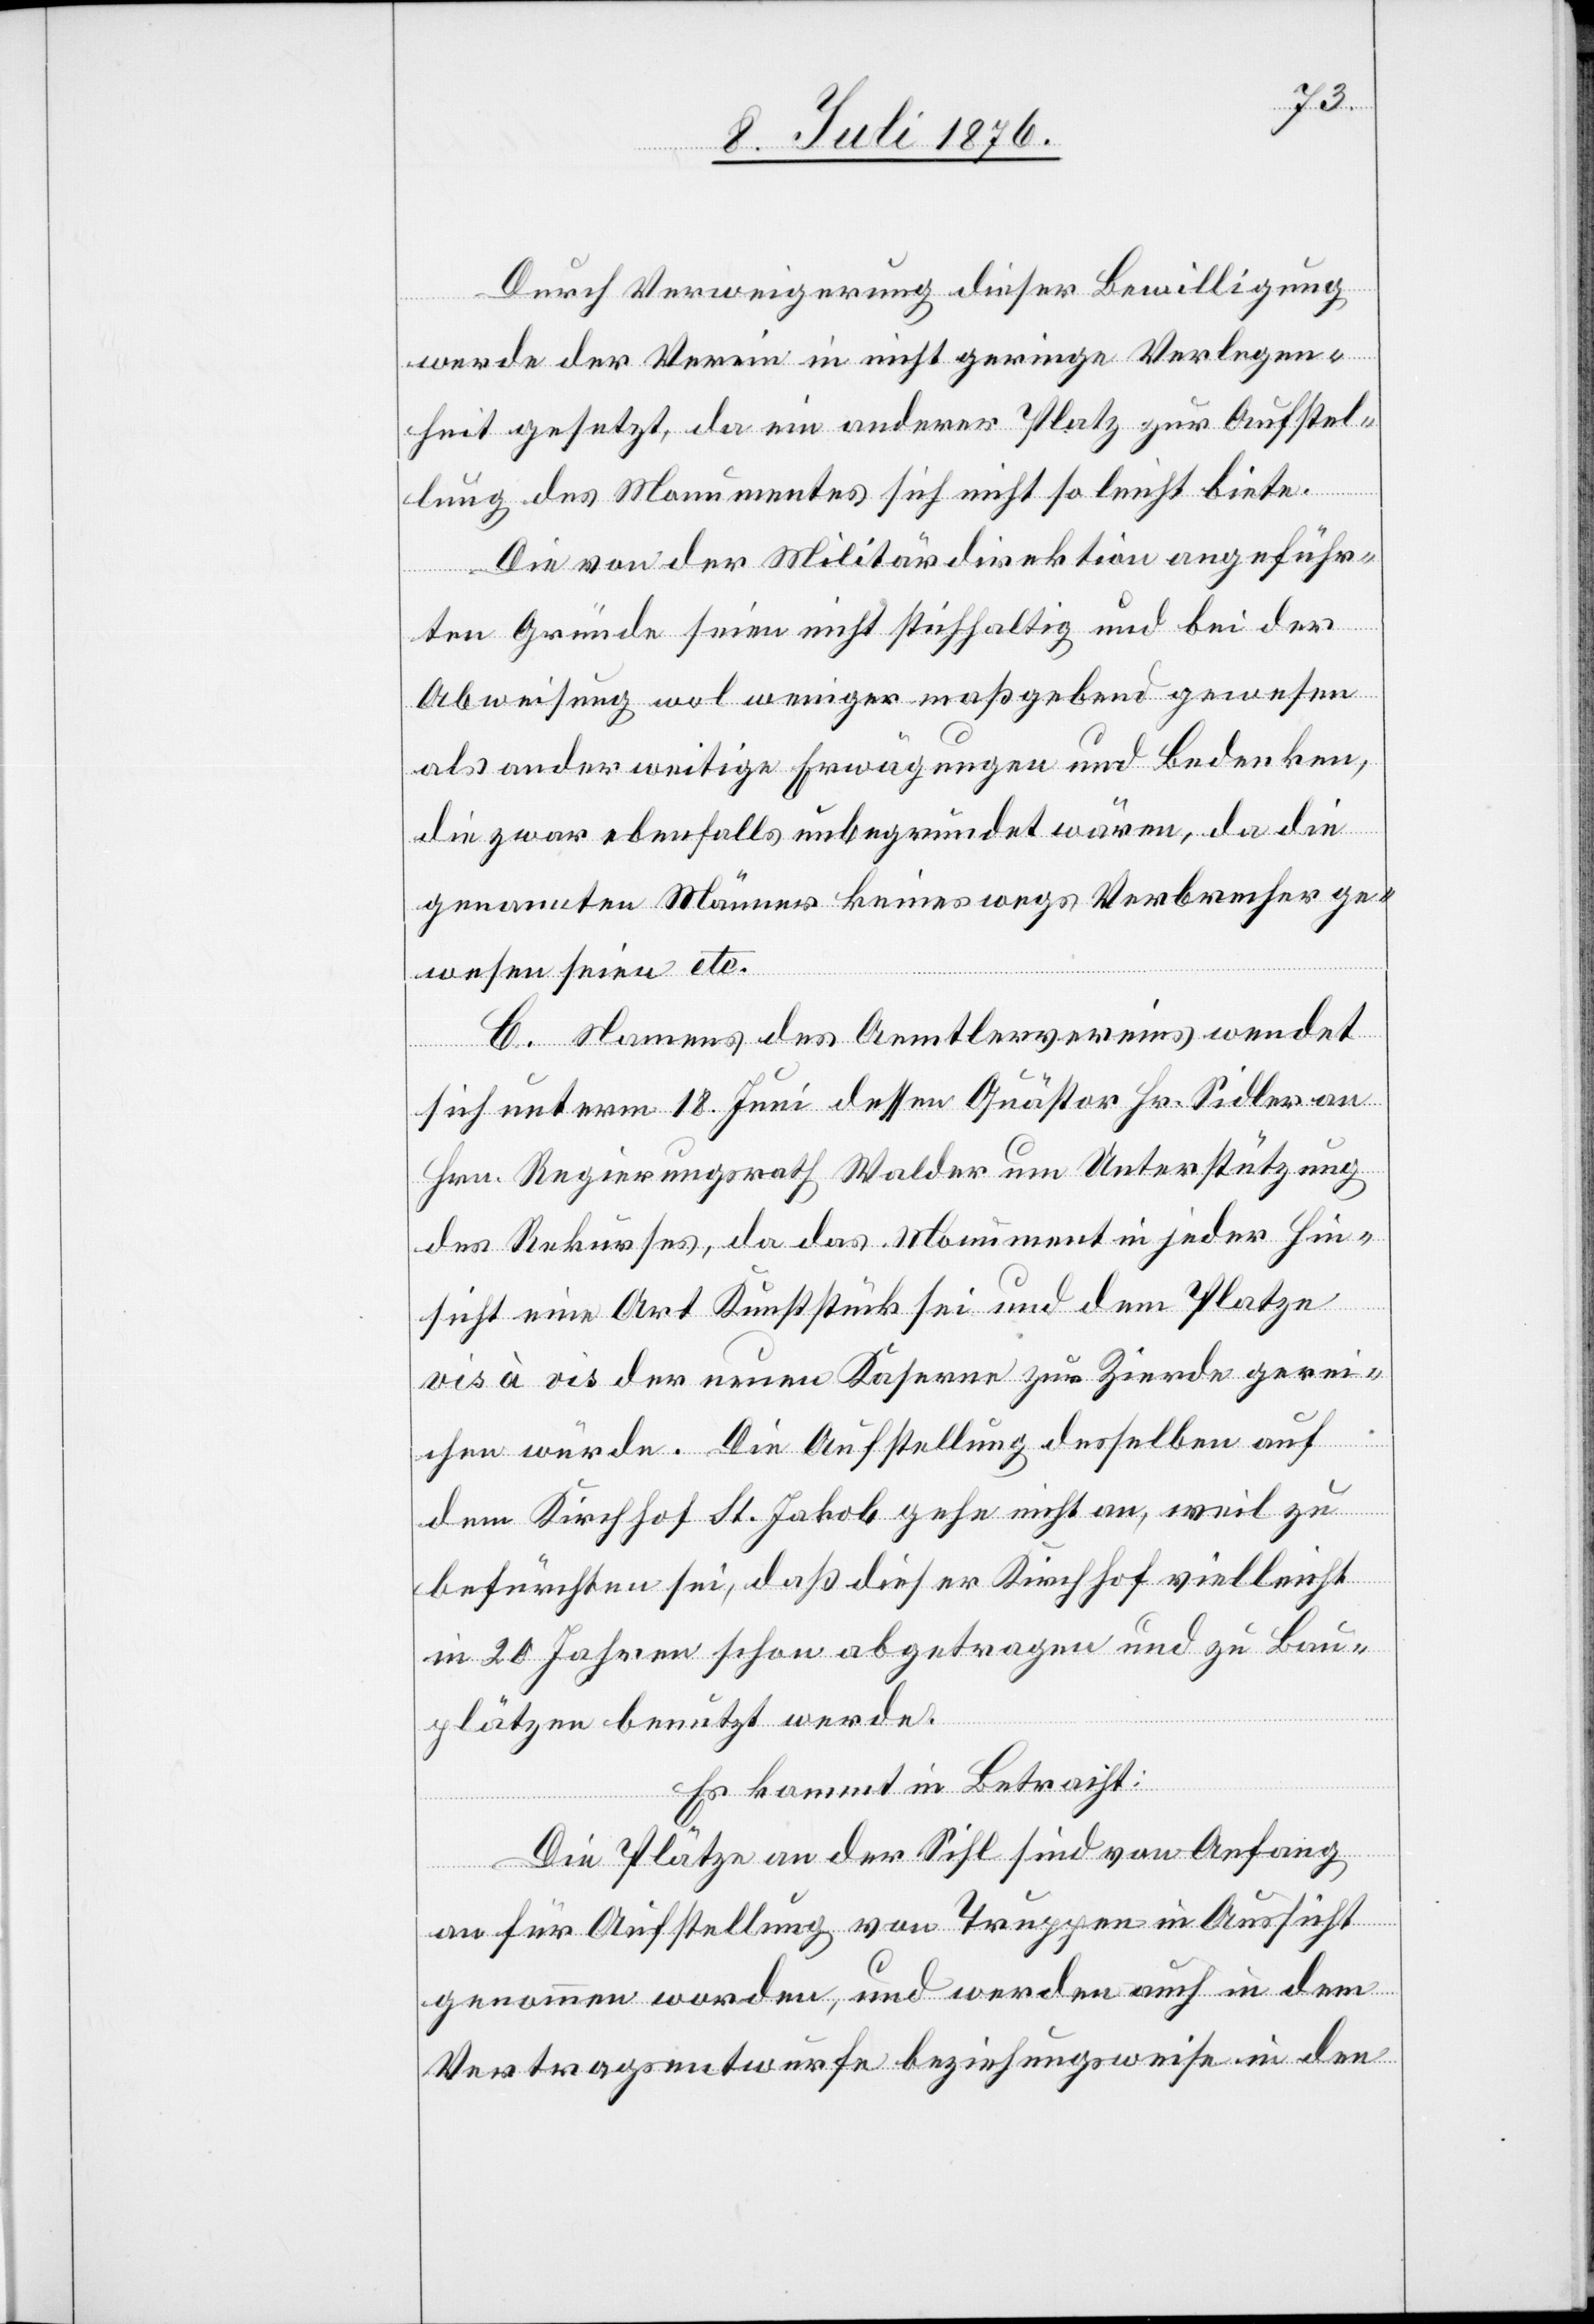
Durch Verweigerung dieser Bewilligung
werde der Verein in nicht geringe Verlegen¬
heit gesetzt, da ein anderer Platz zur Aufstel¬
lung des Monumentes sich nicht so leicht anbiete.
Die von der Militärdirektion angeführ¬
ten Gründe seien nicht stichhaltig und bei der
Abweisung wol weniger maßgebend gewesen
als anderweitige Erwägungen und Bedenken,
die zwar ebenfalls unbegründet wären, da die
genannten Männer keineswegs Verbrecher ge¬
wesen seien etc.
C. Namens des Aemtlervereins wendet
sich unterm 18. Juni dessen Quästor Hr. Sidler an
Hrn. Regierungsrath Walder um Unterstützung
des Rekurses, da das Monument in jeder Hin¬
sicht eine Art Kunststück sei und dem Platze
vis à vis der neuen Kaserne zur Zierde gerei¬
chen würde. Die Aufstellung desselben auf
dem Kirchhof St. Jakob gehe nicht an, weil zu
befürchten sei, daß dieser Kirchhof vielleicht
in 20 Jahren schon abgetragen und zu Bau¬
plätzen benutzt werde.
Es kommt in Betracht:
Die Plätze an der Sihl sind von Angang
an für Aufstellung von Truppen in Aussicht
genommen worden, und werden auch in dem
Vertragsentwurfe beziehungsweise in den